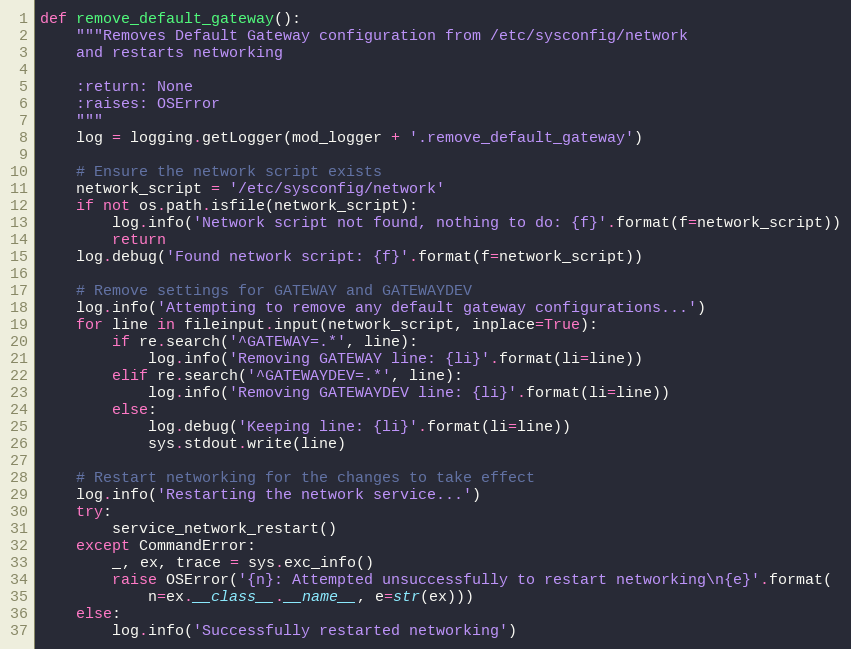
Language: Python
def remove_default_gateway():
    """Removes Default Gateway configuration from /etc/sysconfig/network
    and restarts networking

    :return: None
    :raises: OSError
    """
    log = logging.getLogger(mod_logger + '.remove_default_gateway')

    # Ensure the network script exists
    network_script = '/etc/sysconfig/network'
    if not os.path.isfile(network_script):
        log.info('Network script not found, nothing to do: {f}'.format(f=network_script))
        return
    log.debug('Found network script: {f}'.format(f=network_script))

    # Remove settings for GATEWAY and GATEWAYDEV
    log.info('Attempting to remove any default gateway configurations...')
    for line in fileinput.input(network_script, inplace=True):
        if re.search('^GATEWAY=.*', line):
            log.info('Removing GATEWAY line: {li}'.format(li=line))
        elif re.search('^GATEWAYDEV=.*', line):
            log.info('Removing GATEWAYDEV line: {li}'.format(li=line))
        else:
            log.debug('Keeping line: {li}'.format(li=line))
            sys.stdout.write(line)

    # Restart networking for the changes to take effect
    log.info('Restarting the network service...')
    try:
        service_network_restart()
    except CommandError:
        _, ex, trace = sys.exc_info()
        raise OSError('{n}: Attempted unsuccessfully to restart networking\n{e}'.format(
            n=ex.__class__.__name__, e=str(ex)))
    else:
        log.info('Successfully restarted networking')